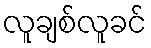
လူချစ်လူခင်